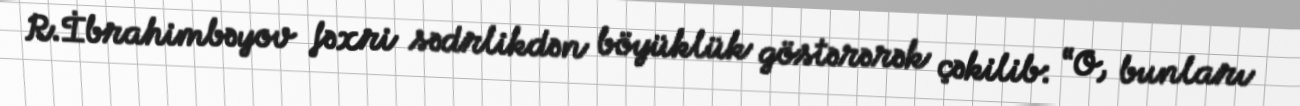
R.İbrahimbəyov fəxri sədrlikdən böyüklük göstərərək çəkilib: “O, bunları